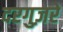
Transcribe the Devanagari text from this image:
दरगुज़रे